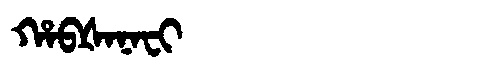
Manchu: ᡥᠠᠪᡧᠠᠨᠠᠸᡳ
Romanization: HABŠANAFI